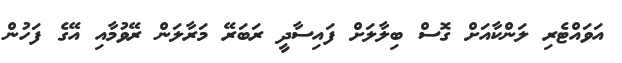
އަވައްޓެރި ލަންކާއަށް ގޮސް ބިލާލަށް ފައިސާދީ ރަބަރޭ މަރާލަން ރޭވުމާއި އޭގެ ފަހުން